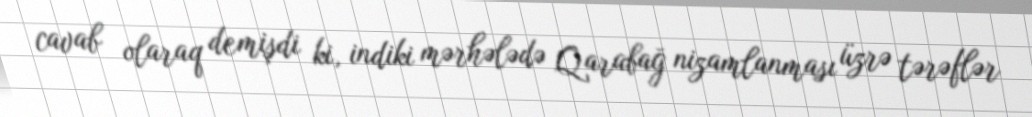
cavab olaraq demişdi ki, indiki mərhələdə Qarabağ nizamlanması üzrə tərəflər